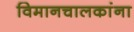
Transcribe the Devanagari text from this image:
विमानचालकांना